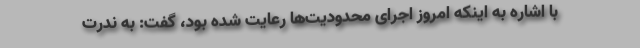
با اشاره به اینکه امروز اجرای محدودیت‌ها رعایت شده بود، گفت: به ندرت